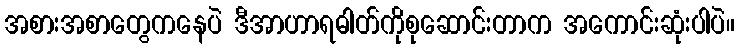
အစားအစာတွေကနေပဲ ဒီအာဟာရဓါတ်ကိုစုဆောင်းတာက အကောင်းဆုံးပါပဲ။